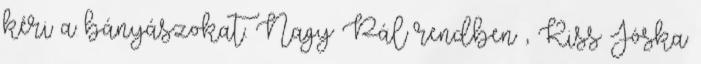
kéri a bányászokat. Nagy Pál rendben , Kiss Jóska